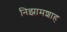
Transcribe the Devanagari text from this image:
निझामशाह